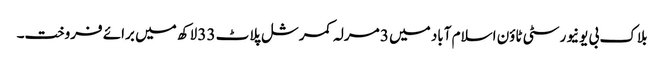
بلاک بی یونیورسٹی ٹاؤن اسلام آباد میں 3 مرلہ کمرشل پلاٹ 33 لاکھ میں برائے فروخت۔